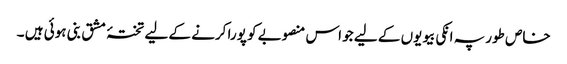
خاص طور پہ انکی بیویوں کے لیے جو اس منصوبے کو پورا کرنے کے لیے تختۂ مشق بنی ہوئی ہیں ۔